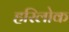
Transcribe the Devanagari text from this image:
हरिलोक